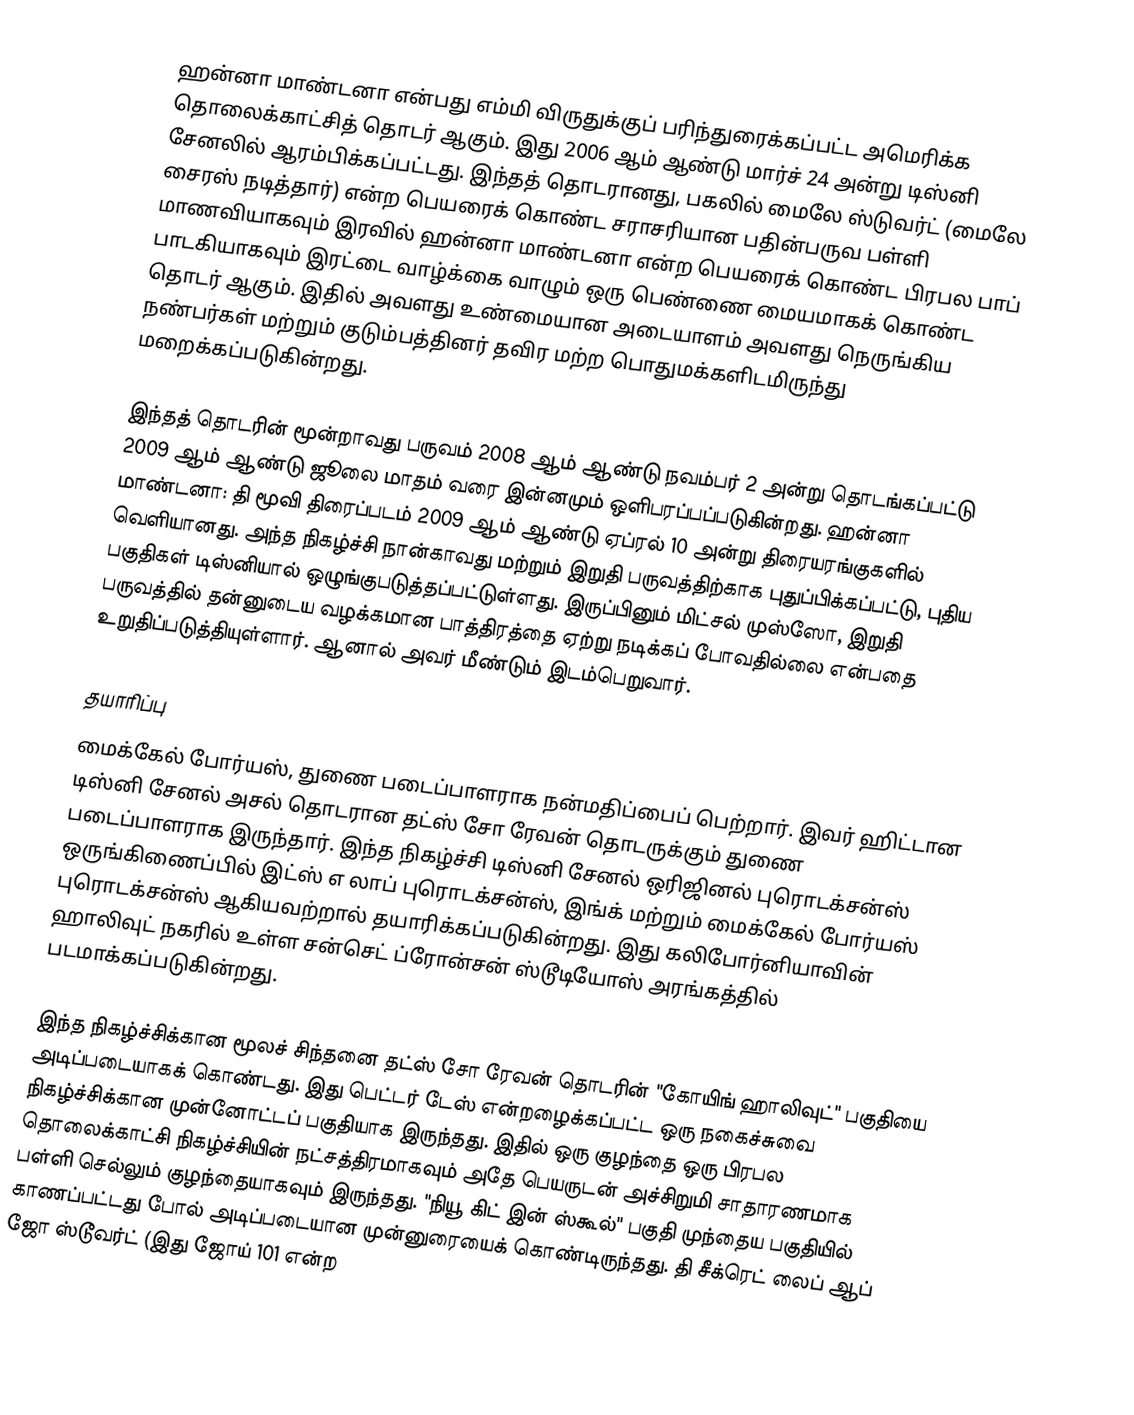
ஹன்னா மாண்டனா  என்பது எம்மி விருதுக்குப் பரிந்துரைக்கப்பட்ட அமெரிக்க தொலைக்காட்சித் தொடர் ஆகும். இது 2006 ஆம் ஆண்டு மார்ச் 24 அன்று டிஸ்னி சேனலில் ஆரம்பிக்கப்பட்டது. இந்தத் தொடரானது, பகலில் மைலே ஸ்டுவர்ட் (மைலே சைரஸ் நடித்தார்) என்ற பெயரைக் கொண்ட சராசரியான பதின்பருவ பள்ளி மாணவியாகவும் இரவில் ஹன்னா மாண்டனா என்ற பெயரைக் கொண்ட பிரபல பாப் பாடகியாகவும் இரட்டை வாழ்க்கை வாழும் ஒரு பெண்ணை மையமாகக் கொண்ட தொடர் ஆகும். இதில் அவளது உண்மையான அடையாளம் அவளது நெருங்கிய நண்பர்கள் மற்றும் குடும்பத்தினர் தவிர மற்ற பொதுமக்களிடமிருந்து மறைக்கப்படுகின்றது.

இந்தத் தொடரின் மூன்றாவது பருவம் 2008 ஆம் ஆண்டு நவம்பர் 2 அன்று தொடங்கப்பட்டு 2009 ஆம் ஆண்டு ஜூலை மாதம் வரை இன்னமும் ஒளிபரப்பப்படுகின்றது. ஹன்னா மாண்டனா: தி மூவி திரைப்படம் 2009 ஆம் ஆண்டு ஏப்ரல் 10 அன்று திரையரங்குகளில் வெளியானது. அந்த நிகழ்ச்சி நான்காவது மற்றும் இறுதி பருவத்திற்காக புதுப்பிக்கப்பட்டு, புதிய பகுதிகள் டிஸ்னியால் ஒழுங்குபடுத்தப்பட்டுள்ளது. இருப்பினும் மிட்சல் முஸ்ஸோ, இறுதி பருவத்தில் தன்னுடைய வழக்கமான பாத்திரத்தை ஏற்று நடிக்கப் போவதில்லை என்பதை உறுதிப்படுத்தியுள்ளார். ஆனால் அவர் மீண்டும் இடம்பெறுவார்.

தயாரிப்பு
மைக்கேல் போர்யஸ், துணை படைப்பாளராக நன்மதிப்பைப் பெற்றார். இவர் ஹிட்டான டிஸ்னி சேனல் அசல் தொடரான தட்ஸ் சோ ரேவன் தொடருக்கும் துணை படைப்பாளராக இருந்தார். இந்த நிகழ்ச்சி டிஸ்னி சேனல் ஒரிஜினல் புரொடக்சன்ஸ் ஒருங்கிணைப்பில் இட்ஸ் எ லாப் புரொடக்சன்ஸ், இங்க் மற்றும் மைக்கேல் போர்யஸ் புரொடக்சன்ஸ் ஆகியவற்றால் தயாரிக்கப்படுகின்றது. இது கலிபோர்னியாவின் ஹாலிவுட் நகரில் உள்ள சன்செட் ப்ரோன்சன் ஸ்டூடியோஸ் அரங்கத்தில் படமாக்கப்படுகின்றது.

இந்த நிகழ்ச்சிக்கான மூலச் சிந்தனை தட்ஸ் சோ ரேவன் தொடரின் "கோயிங் ஹாலிவுட்" பகுதியை அடிப்படையாகக் கொண்டது. இது பெட்டர் டேஸ் என்றழைக்கப்பட்ட ஒரு நகைச்சுவை நிகழ்ச்சிக்கான முன்னோட்டப் பகுதியாக இருந்தது. இதில் ஒரு குழந்தை ஒரு பிரபல தொலைக்காட்சி நிகழ்ச்சியின் நட்சத்திரமாகவும் அதே பெயருடன் அச்சிறுமி சாதாரணமாக பள்ளி செல்லும் குழந்தையாகவும் இருந்தது. "நியூ கிட் இன் ஸ்கூல்" பகுதி முந்தைய பகுதியில் காணப்பட்டது போல் அடிப்படையான முன்னுரையைக் கொண்டிருந்தது. தி சீக்ரெட் லைப் ஆப் ஜோ ஸ்டூவர்ட் (இது ஜோய் 101 என்ற